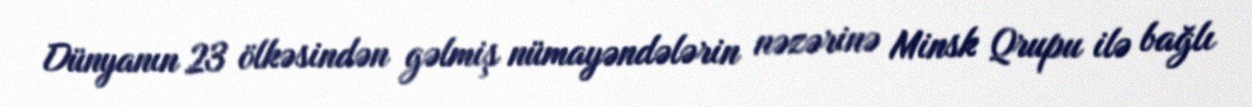
Dünyanın 23 ölkəsindən gəlmiş nümayəndələrin nəzərinə Minsk Qrupu ilə bağlı